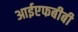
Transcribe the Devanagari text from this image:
आईएफबीबी